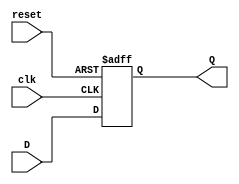
module FeedbackRegister (
    input wire clk,      // Clock signal
    input wire reset,    // Asynchronous reset signal
    input wire D,        // Data input
    output reg Q         // Data output
);

// Asynchronous reset behavior
always @(posedge clk or posedge reset) begin
    if (reset) begin
        Q <= 1'b0;      // Set output to 0 on reset
    end else begin
        Q <= D;         // Capture input D on clock edge
    end
end

endmodule